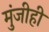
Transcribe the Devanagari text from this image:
मुंजीही